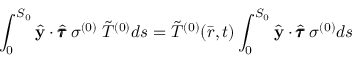
\int _ { 0 } ^ { S _ { 0 } } \hat { \mathbf { y } } \cdot \hat { \pmb { \tau } } \: \sigma ^ { ( 0 ) } \: \Tilde { T } ^ { ( 0 ) } d s = \Tilde { T } ^ { ( 0 ) } ( \bar { r } , t ) \int _ { 0 } ^ { S _ { 0 } } \hat { \mathbf { y } } \cdot \hat { \pmb { \tau } } \: \sigma ^ { ( 0 ) } d s